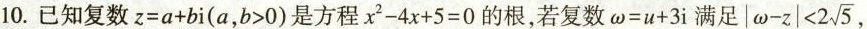
10.已知复数$$z=a+bi(a，b>0)$$是方程$$x^{2}-4x+5=0$$的根，若复数\omega=u+3i满足$$ | \omega -z|<2 \sqrt{5}$$，